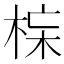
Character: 𱣣